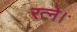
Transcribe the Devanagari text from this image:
रत्ने।